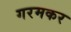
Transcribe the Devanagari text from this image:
गरमकर